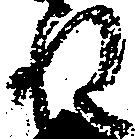
ね